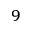
^ { 9 }